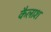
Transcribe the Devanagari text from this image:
कैलाश